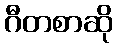
ဂီတစာဆို